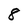
Character: 8